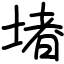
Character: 堵